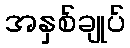
အနှစ်ချုပ်